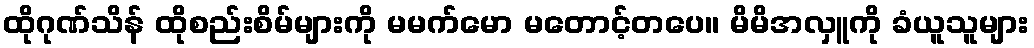
ထိုဂုဏ်သိန် ထိုစည်းစိမ်များကို မမက်မော မတောင့်တပေ။ မိမိအလှူကို ခံယူသူများ